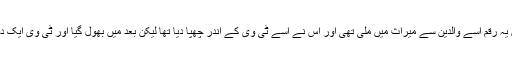
پولیس کے مطابق یہ رقم اسے والدین سے میراث میں ملی تھی اور اس نے اسے ٹی وی کے اندر چھپا دیا تھا لیکن بعد میں بھول گیا اور ٹی وی ایک دوست کو دیدیا تھا۔